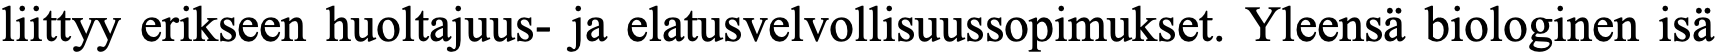
liittyy erikseen huoltajuus- ja elatusvelvollisuussopimukset. Yleensä biologinen isä